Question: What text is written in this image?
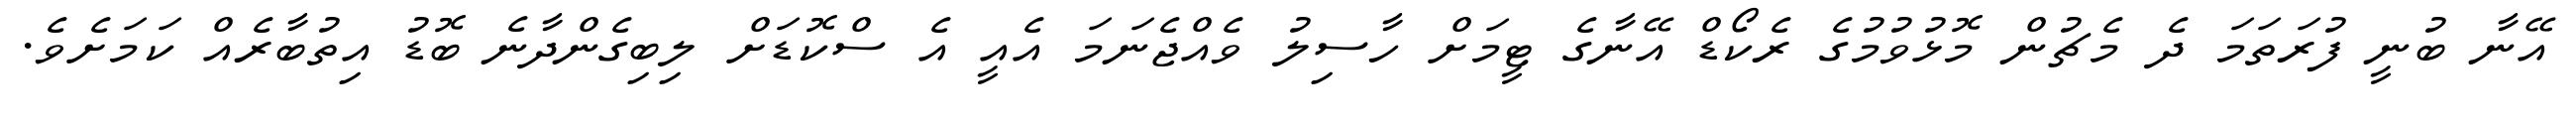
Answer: އޭނާ ބުނީ ފުރަތަމަ ދެ މެޗުން މޮޅުވުމުގެ ރެކޯޑް އޭނާގެ ޓީމަށް ހާސިލު ވެއްޖެނަމަ އެއީ އެ ސްކޮޑަށް ލިބިގެންދާނެ ބޮޑު އިތުބާރެއް ކަމަށެވެ.